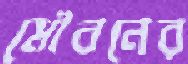
মৌবনের